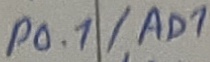
Text: P0.1/AD1